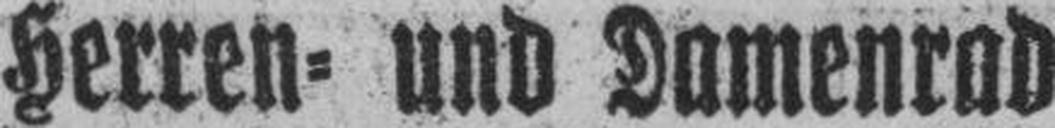
Herren= und Damenrad